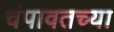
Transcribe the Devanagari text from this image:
चंपावतच्या